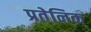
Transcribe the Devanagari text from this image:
प्रतेनिक